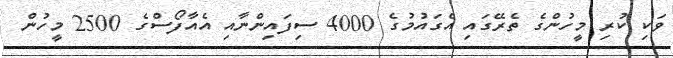
ވަކި ކުރި މީހުންގެ ތެރޭގައި އެގައުމުގެ 4000 ސިފައިންނާއި އެއާފޯސްގެ 2500 މީހުން